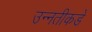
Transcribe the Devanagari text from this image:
उन्‍नतीकडे